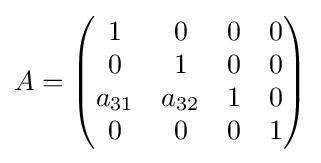
A={\begin{pmatrix}1&0&0&0\\0&1&0&0\\a_{31}&a_{32}&1&0\\0&0&0&1\end{pmatrix}}